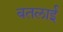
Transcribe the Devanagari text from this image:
बतलाईं